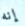
إنه